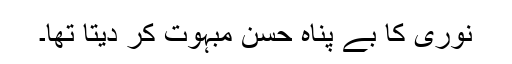
نوری کا بے پناہ حسن مبہوت کر دیتا تھا۔